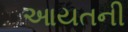
આયતની